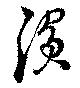
濱